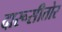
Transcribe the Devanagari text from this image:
दारूसीतोर